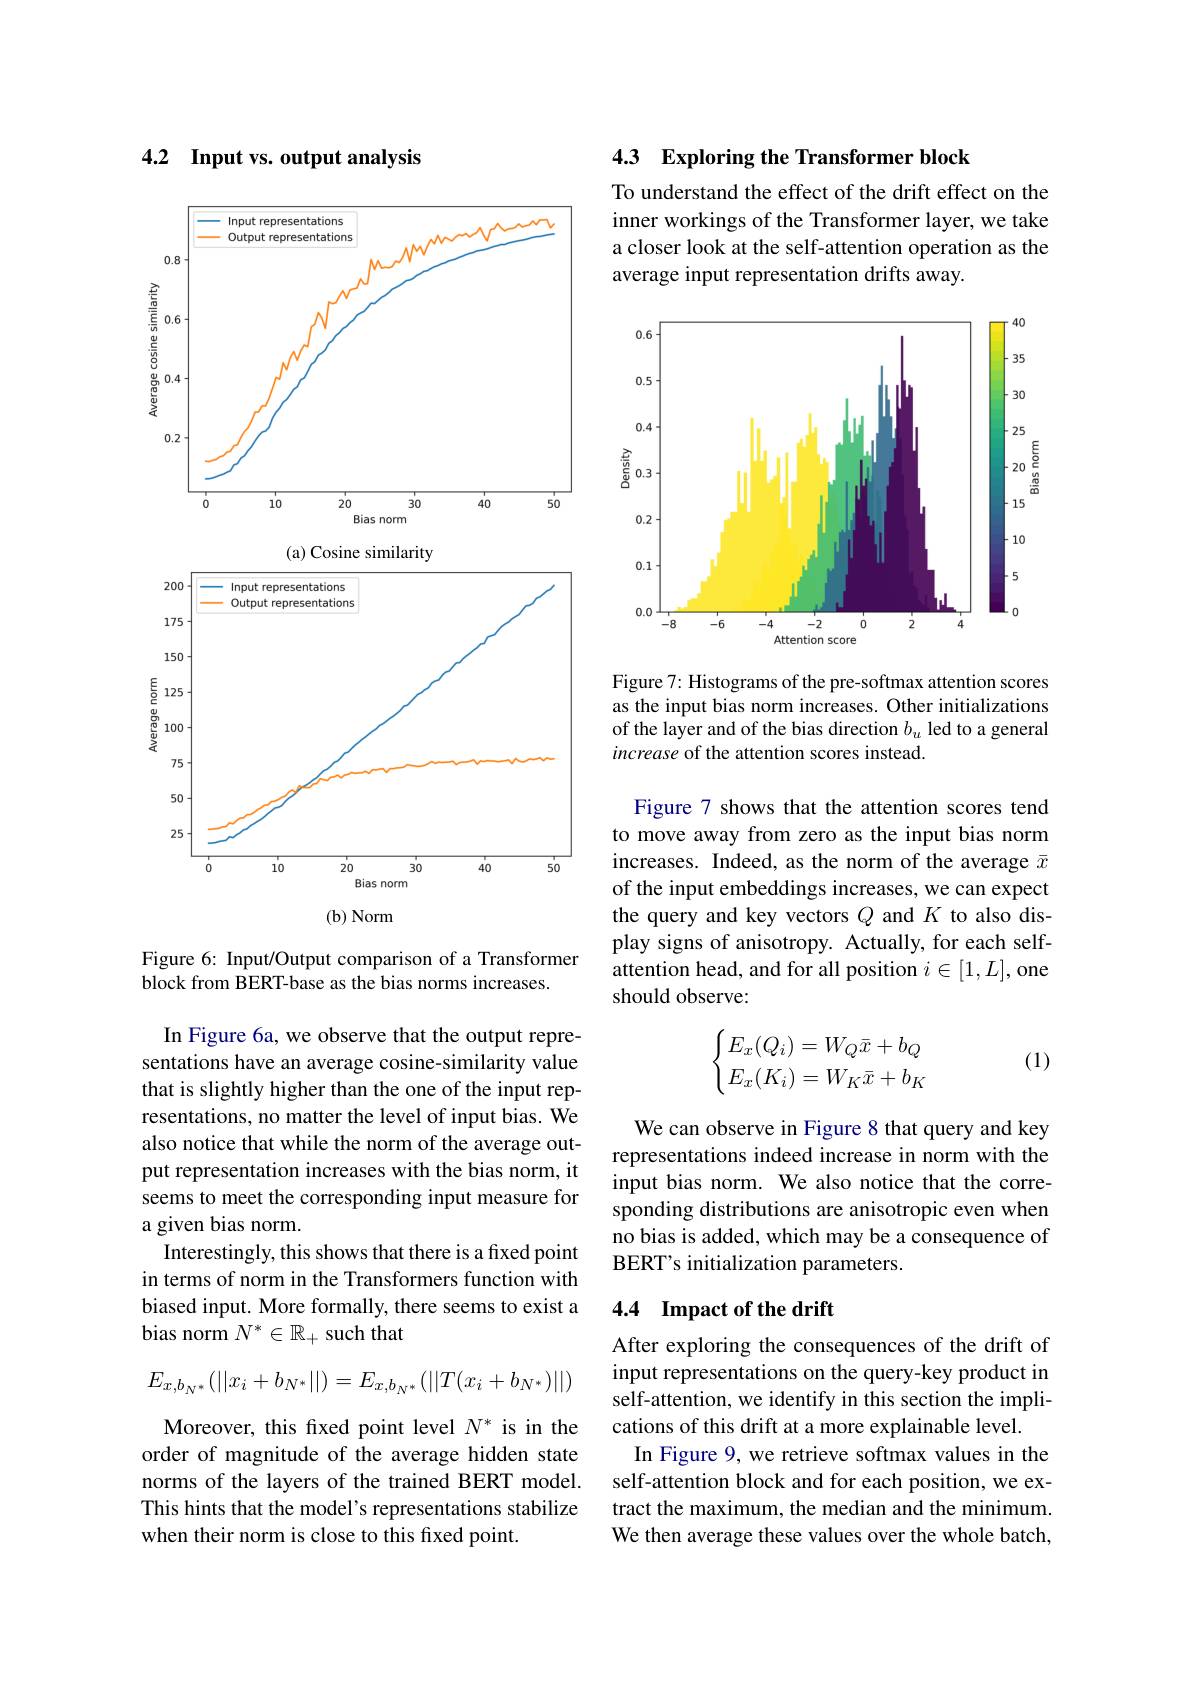
4.2 Input vs. output analysis

<FigureHere>

Figure 6: Input/Output comparison of a Transformer
block from BERT-base as the bias norms increases.

In Figure 6a, we observe that the output representations have an average cosine-similarity value that is slightly higher than the one of the input representations, no matter the level of input bias. We also notice that while the norm of the average output representation increases with the bias norm, it seems to meet the corresponding input measure for a given bias norm.
Interestingly, this shows that there is a fixed point in terms of norm in the Transformers function with biased input. More formally, there seems to exist a bias norm $N^*\in\mathbb{R}_+$ such that
$$E_{x,b_{N^*}}(||x_i+b_{N^*}||)=E_{x,b_{N^*}}(||T(x_i+b_{N^*})||)$$
Moreover, this fixed point level $N^*$ is in the order of magnitude of the average hidden state norms of the layers of the trained BERT model. This hints that the model's representations stabilize when their norm is close to this fixed point.

4.3 Exploring the Transformer block

To understand the effect of the drift effect on the inner workings of the Transformer layer, we take a closer look at the self-attention operation as the average input representation drifts away.

<FigureHere>

Figure 7: Histograms of the pre-softmax attention scores as the input bias norm increases. Other initializations of the layer and of the bias direction $b_u$ led to a general increase of the attention scores instead.

Figure 7 shows that the attention scores tend to move away from zero as the input bias norm increases. Indeed, as the norm of the average $\bar{x}$ of the input embeddings increases, we can expect the query and key vectors $Q$ and $K$ to also display signs of anisotropy. Actually, for each selfattention head, and for all position $i\in[1,L]$,one should observe:
$$\begin{cases}E_x(Q_i)=W_Q\bar{x}+b_Q\\E_x(K_i)=W_K\bar{x}+b_K\end{cases}$$
(1)

We can observe in Figure 8 that query and key representations indeed increase in norm with the input bias norm. We also notice that the corresponding distributions are anisotropic even when no bias is added, which may be a consequence of BERT's initialization parameters.

## 4.4 Impact of the drift

After exploring the consequences of the drift of input representations on the query-key product in self-attention, we identify in this section the implications of this drift at a more explainable level.
In Figure 9, we retrieve softmax values in the self-attention block and for each position, we extract the maximum, the median and the minimum. We then average these values over the whole batch,